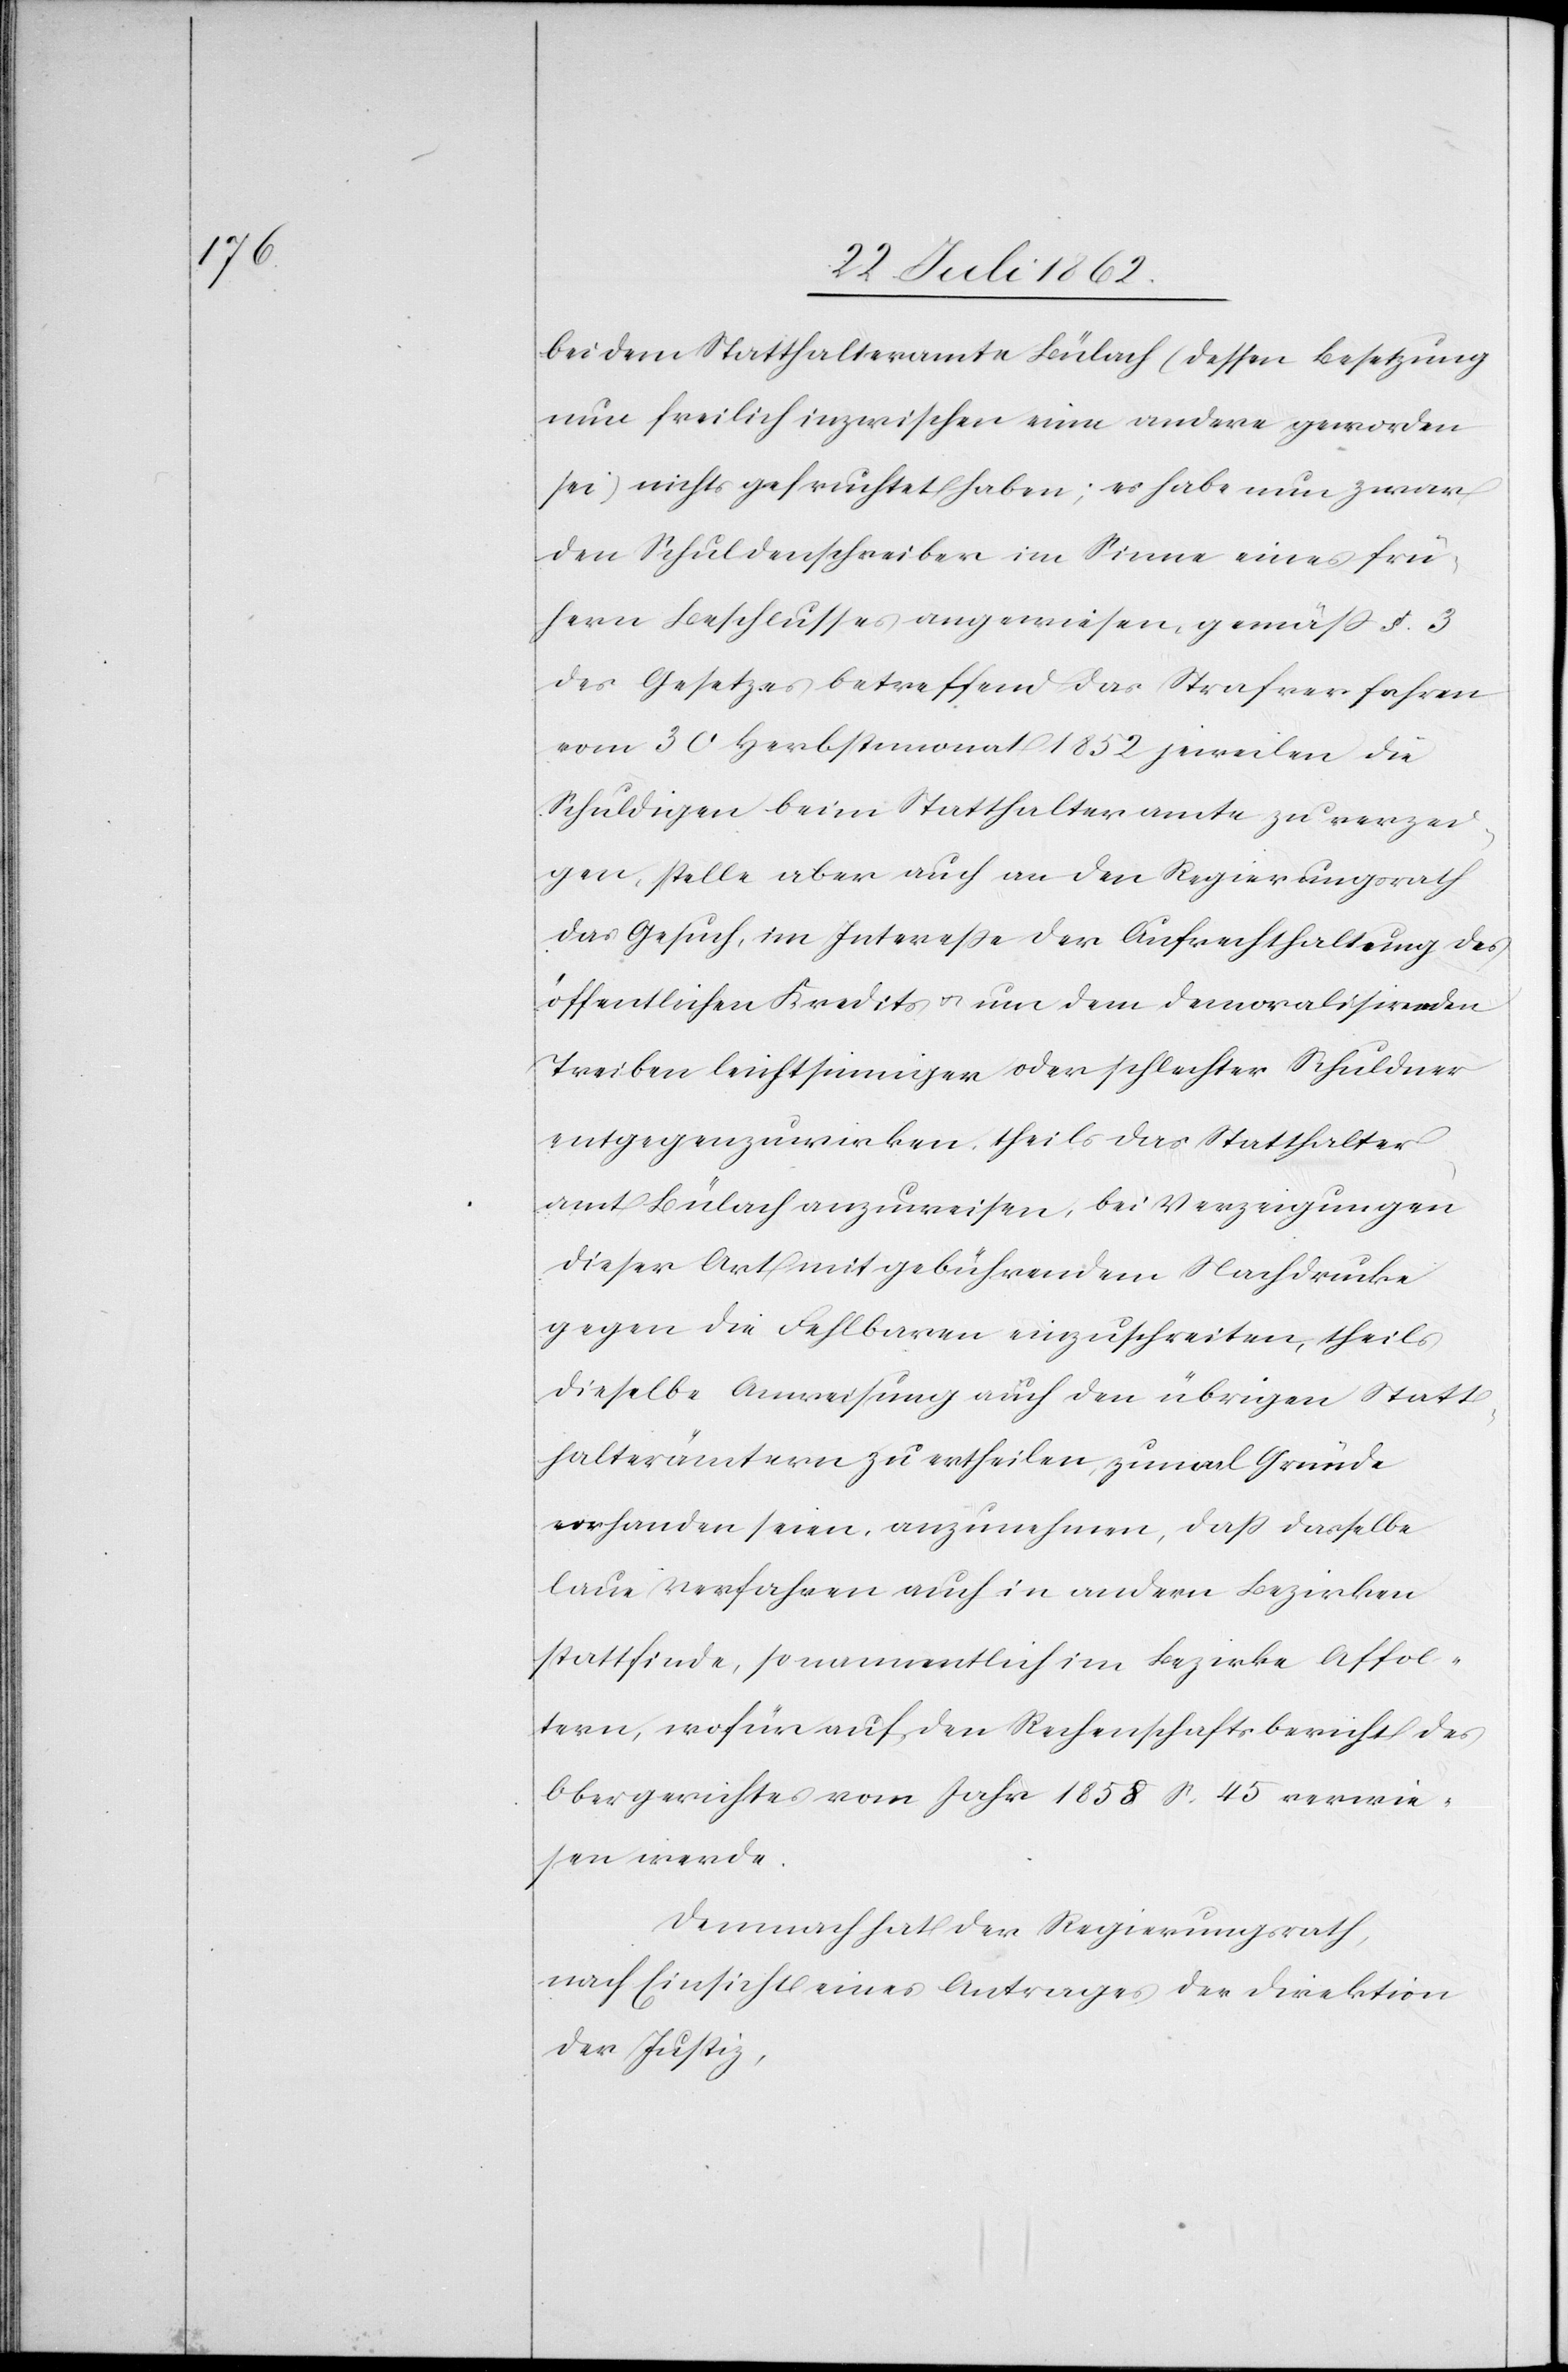
bei dem Statthalteramte Bülach (dessen Besetzung
nun freilich inzwischen eine andere geworden
sei) nichts gefruchtet haben; es habe nun zwar
den Schuldenschreiber im Sinne eines frü¬
hern Beschlusses angewiesen, gemäß § 3
des Gesetzes betreffend das Strafverfahren
vom 30. Herbstmonat 1852 jeweilen die
Schuldigen beim Statthalteramte zu verzei¬
gen, stelle aber auch an den Regierungsrath
das Gesuch, im Interesse der Aufrechthaltung des
öffentlichen Kredits u. um dem demoralisirenden
Treiben leichtsinniger oder schlechter Schuldner
entgegenzuwirken, theils das Statthalter¬
amt Bülach anzuweisen, bei Verzeigungen
dieser Art mit gebührendem Nachdrucke
gegen die Fehlbaren einzuschreiten, theils
dieselbe Anweisung auch den übrigen Statt¬
halterämtern zu ertheilen, zumal Gründe
vorhanden seien, anzunehmen, daß dasselbe
laue Verfahren auch in andern Bezirken
stattfinde, so namentlich im Bezirke Affol¬
tern, wofür auf den Rechenschaftsbericht des
Obergerichtes vom Jahr 1858 S. 45 verwie¬
sen werde.
Demnach hat der Regierungsrath,
nach Einsicht eins Antrages der Direktion
der Justiz,